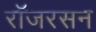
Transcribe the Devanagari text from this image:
रॉजरसन